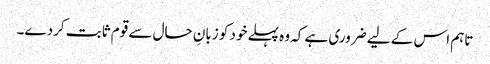
تاہم اس کے لیے ضروری ہے کہ وہ پہلے خود کو زبانِ حال سے قوم ثابت کردے۔